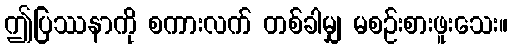
ဤပြဿနာကို စကားလက် တစ်ခါမျှ မစဉ်းစားဖူးသေး။